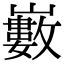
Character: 𡾄